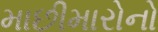
માછીમારોનો